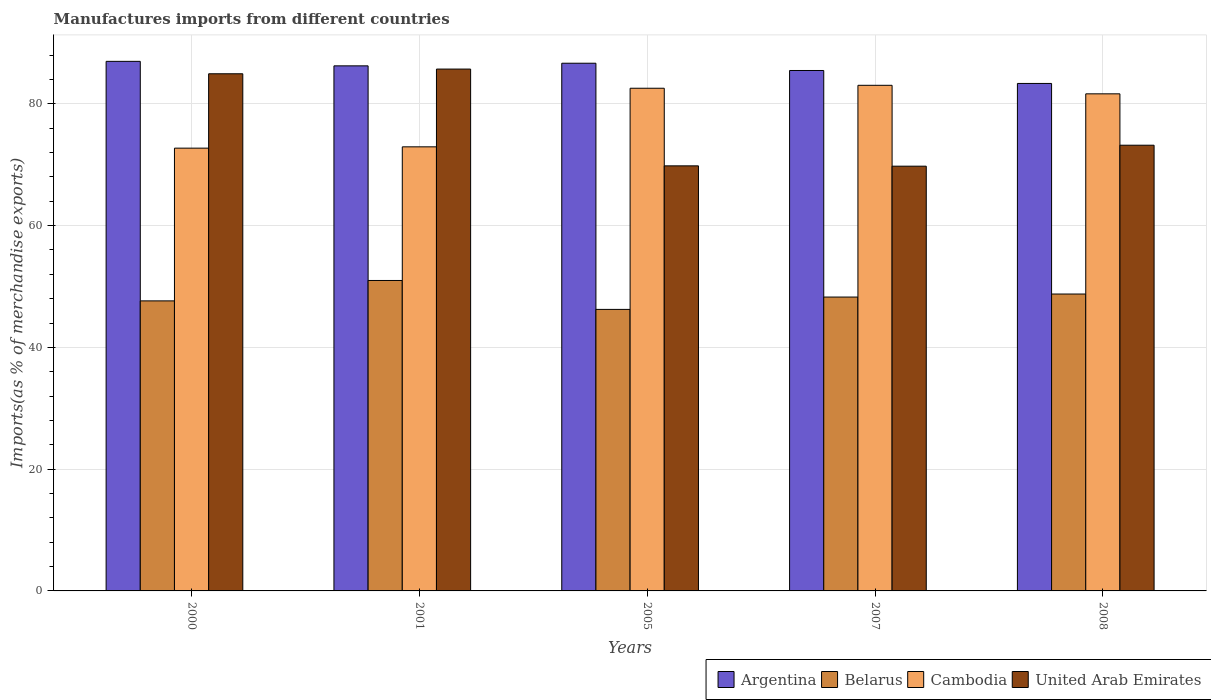
| Years | Argentina | Belarus | Cambodia | United Arab Emirates |
 | --- | --- | --- | --- | --- |
 | 2000 | 87 | 47.6 | 72.7 | 84.9 |
 | 2001 | 86.2 | 51 | 72.9 | 85.7 |
 | 2005 | 86.7 | 46.2 | 82.6 | 69.8 |
 | 2007 | 85.5 | 48.3 | 83.1 | 69.8 |
 | 2008 | 83.4 | 48.8 | 81.6 | 73.2 |